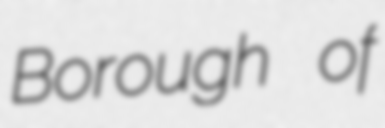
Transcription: Borough of